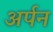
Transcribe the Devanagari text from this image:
अर्पन